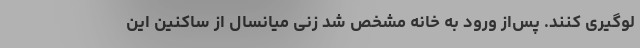
لوگیری کنند. پس‌از ورود به خانه مشخص شد زنی میانسال از ساکنین این